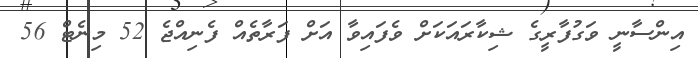
އިންސާނީ ވަގުފާރީގެ ޝިކާރައަކަށް ވެފައިވާ އަށް ފަރާތެއް ފެނިއްޖެ 52 މިނެޓް 56